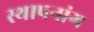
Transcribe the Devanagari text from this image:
स्थापनांग